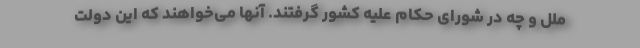
ملل و چه در شورای حکام علیه کشور گرفتند. آنها می‌خواهند که این دولت